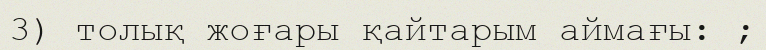
3) толық жоғары қайтарым аймағы: ;